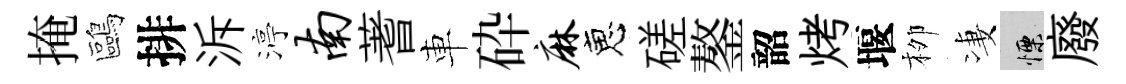
掩鷗排泝渟南蓍車砕麻恵磋鏊韶烤堰栁凄慄廢